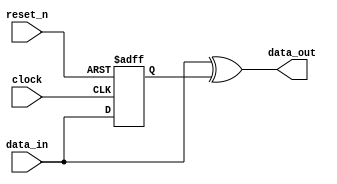
module kernel_clock_0_edge_to_pulse (
                                       clock,
                                       data_in,
                                       reset_n,
                                       data_out
                                    )
;
  output           data_out;
  input            clock;
  input            data_in;
  input            reset_n;
  reg              data_in_d1;
  wire             data_out;
  always @(posedge clock or negedge reset_n)
    begin
      if (reset_n == 0)
          data_in_d1 <= 0;
      else 
        data_in_d1 <= data_in;
    end
  assign data_out = data_in ^ data_in_d1;
endmodule